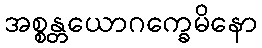
အစ္စန္တယောဂက္ခေမိနော